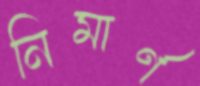
নিমার্ণ